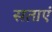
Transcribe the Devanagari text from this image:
सताएं